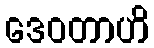
ဒေဝတာဟိ